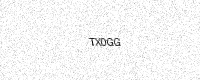
Text: TX0GG